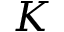
K